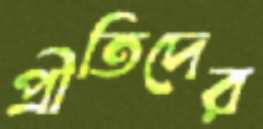
প্রীতিদের